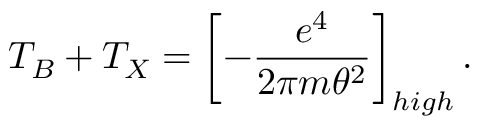
T _ { B } + T _ { X } = \left[ - \frac { e ^ { 4 } } { 2 \pi m \theta ^ { 2 } } \right] _ { h i g h } .